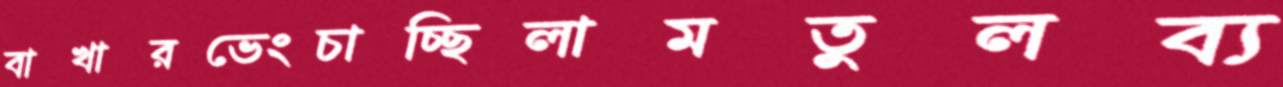
বাখারভেংচাচ্ছিলামতুলব্য